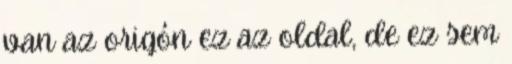
van az origón ez az oldal, de ez sem